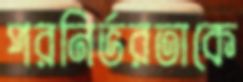
পরনির্ভরতাকে